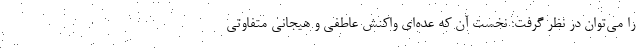
را می‌توان در نظر گرفت: نخست آن که عده‌ای واکنش عاطفی و هیجانی متفاوتی